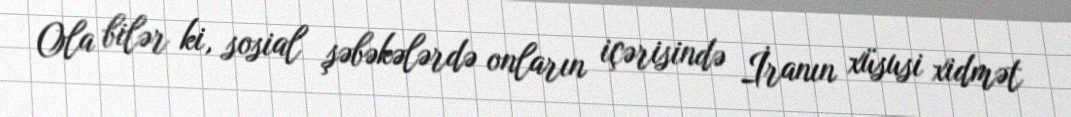
Ola bilər ki, sosial şəbəkələrdə onların içərisində İranın xüsusi xidmət